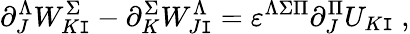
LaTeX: \partial_{J}^{\Lambda}W_{K\mathtt{I}}^{\Sigma}-\partial_{K}^{\Sigma}W_{J\mathtt{I}}^{\Lambda}=\varepsilon^{\Lambda\Sigma\Pi}\partial_{J}^{\Pi}U_{K\mathtt{I}}\ ,